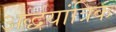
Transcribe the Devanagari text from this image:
अर्द्धयांत्रिक